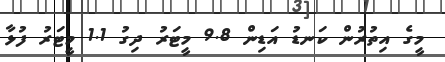
މީގެ އިތުރުން ކަނޑު އަޑިން 9.8 މީޓަރު ދިގު 1.1 މީޓަރު ފުޅާ